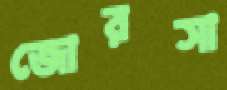
জোরসা